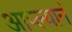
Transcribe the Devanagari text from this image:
आप्ल्यानं